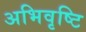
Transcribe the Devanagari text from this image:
अभिवृष्टि